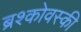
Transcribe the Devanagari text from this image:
ब्रश्कोवस्की